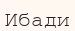
Ибади